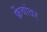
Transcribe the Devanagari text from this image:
फ्रेंचांवर